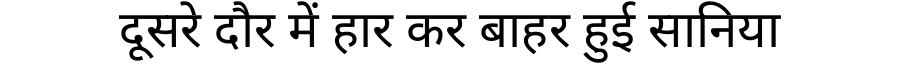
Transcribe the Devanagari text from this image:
दूसरे दौर में हार कर बाहर हुई सानिया